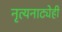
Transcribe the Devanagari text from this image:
नृत्यनाट्येही